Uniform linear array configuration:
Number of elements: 4
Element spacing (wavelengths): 0.5
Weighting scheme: blackman
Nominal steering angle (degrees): -60
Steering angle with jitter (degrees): -58.108
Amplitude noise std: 0.05
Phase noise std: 0.05

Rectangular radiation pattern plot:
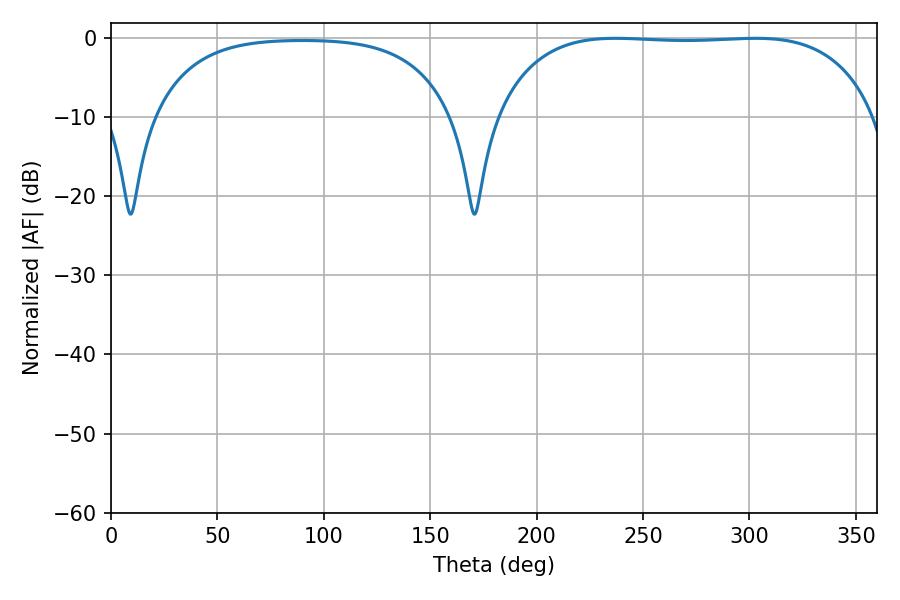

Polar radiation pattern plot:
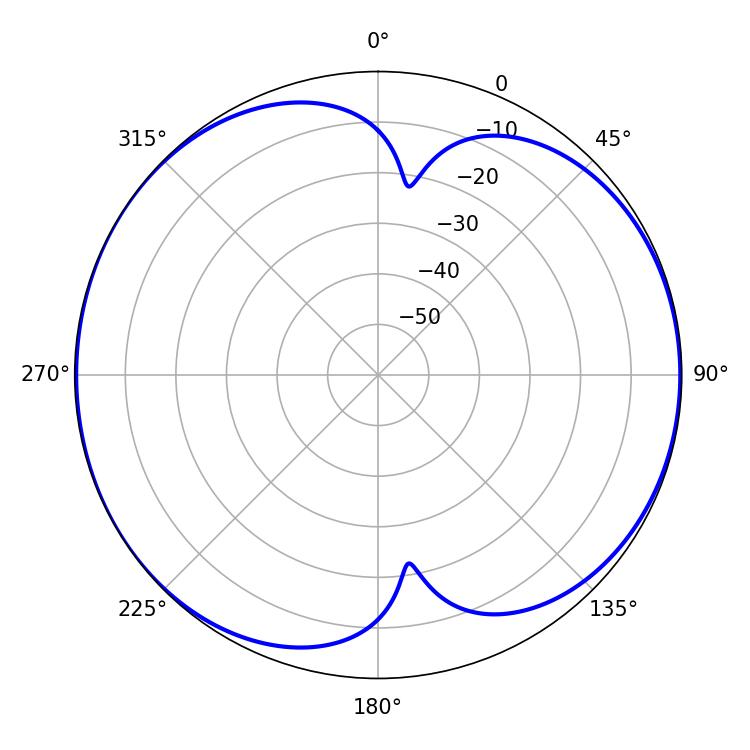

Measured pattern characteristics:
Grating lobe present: FALSE
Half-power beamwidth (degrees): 140.4
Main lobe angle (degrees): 237.06